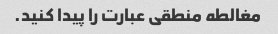
مغالطه منطقی عبارت را پیدا کنید.